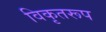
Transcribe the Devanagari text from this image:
विकृतरूप